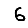
Digit: 6